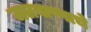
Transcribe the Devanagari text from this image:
जलबाष्पाचे